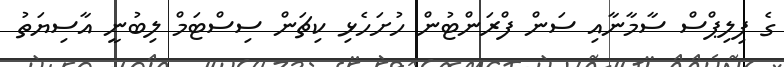
ގެ ފިލިޕްސް ސާމާނާއި ސަން ފްރަންޓުން ހުށަހެޅި ކިޗަން ސިސްޓަމް ލިބުނީ އާސިޔަތު